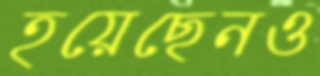
হয়েছেনও